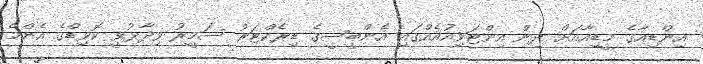
އިންޑިއާގެ މީޑިއާއަށް ދިން އިންޓަވިއުއެއްގައި އެންބީސީގެ ޑިރެކްޓަރު ސަމީރު ވިދާޅުވީ ކޮވިޑްގެ އެންމެ